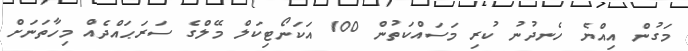
މަގުން އިއްޔެ ހެނދުނު ކުރި މަސައްކަތުން 100 އަކަނޯޓިކަލް މޭލްގެ ސަރަޙައްދެއް މިހާތަނަށް